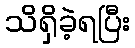
သိရှိခဲ့ရပြီး